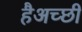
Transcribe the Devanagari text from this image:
हैअच्छी